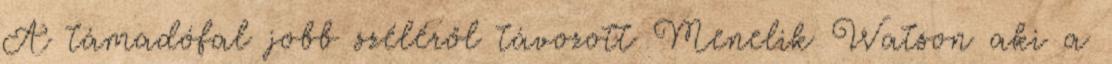
A támadófal jobb széléről távozott Menelik Watson aki a